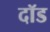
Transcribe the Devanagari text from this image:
दॉड